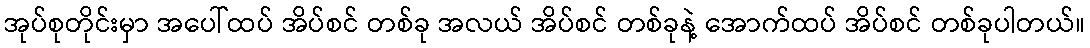
အုပ်စုတိုင်းမှာ အပေါ်ထပ် အိပ်စင် တစ်ခု အလယ် အိပ်စင် တစ်ခုနဲ့ အောက်ထပ် အိပ်စင် တစ်ခုပါတယ်။